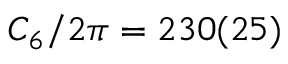
C _ { 6 } / 2 \pi = 2 3 0 ( 2 5 )